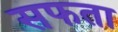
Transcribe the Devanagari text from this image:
सफता